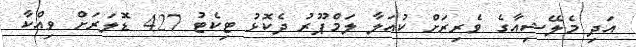
އަދި މެލޭޝިއާގެ ވެރިރަށް ކުއަލާ ލަމްޕޫރު ދެކޮޅު ޓިކެޓު 427 ޑޮލަރަށް ވިއްކާ